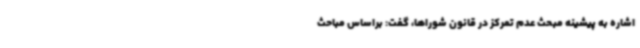
اشاره به پیشینه مبحث عدم تمرکز در قانون شوراها، گفت: براساس مباحث